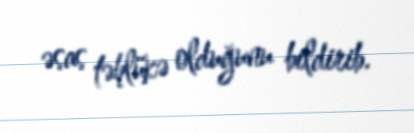
əsas təhlükə olduğunu bildirib.